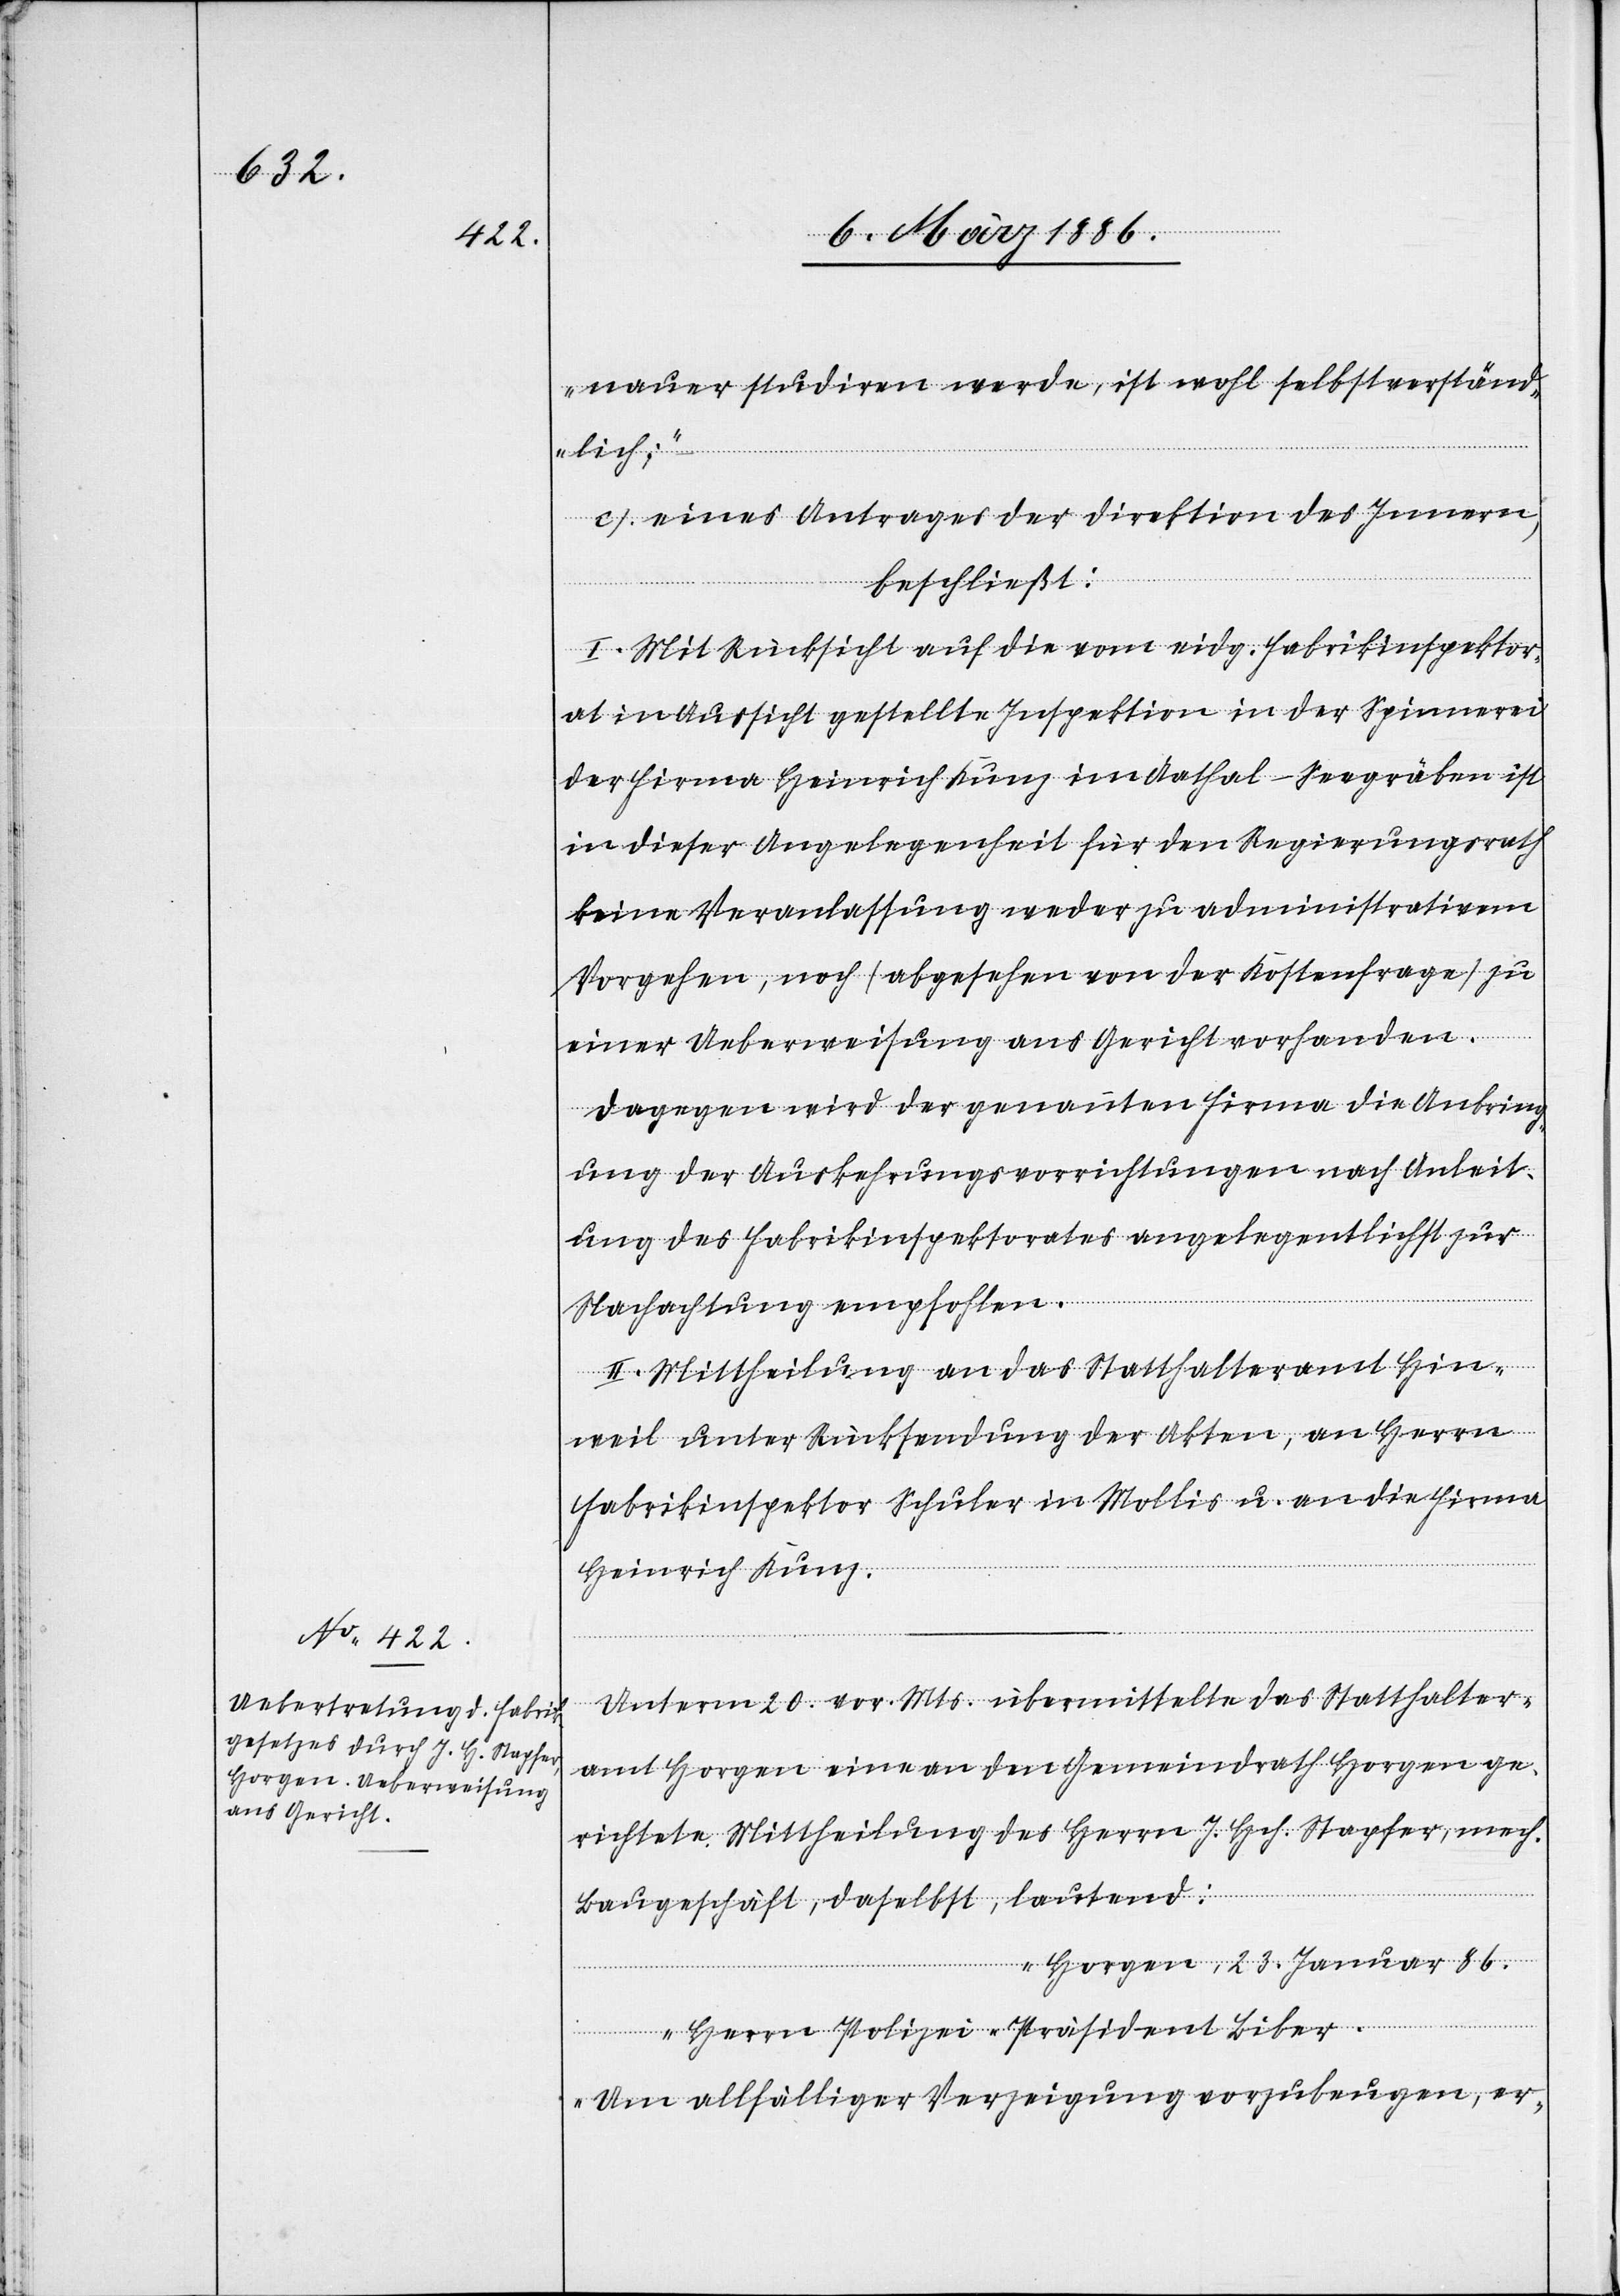
nauer studiren werde, ist wohl selbstverständ¬
lich;“ –
c) Eines Antrages der Direktion des Innern;
beschließt:
I. Mit Rücksicht auf die vom eidg. Fabrikinspektor¬
at in Aussicht gestellten Inspektion in der Spinnerei
der Firma Heinrich Kunz im Aathal - Seegräben ist
in dieser Angelegenheit für den Regierungsrath
keine Veranlassung weder zu administrativen
Vorgehen, noch (abgesehen von der Kostenfrage) zu
einer Ueberweisung ans Gericht vorhanden.
Dagegen wird der genannten Firma die Anbring¬
ung der Auskehrungsvorrichtungen nach Anleit¬
ung des Fabrikinspektorates angelegentlichst zur
Nachachtung empfohlen.
II. Mittheilung an das Statthalteramt Hin¬
weil unter Rücksendung der Akten, an Herrn
Fabrikinspektor Schuler in Mollis u. an die Firma
Heinrich Kunz.
Unterm 20. vor. Mts. übermittelte das Statthalter¬
amt Horgen eine an den Gemeindrath Horgen ge¬
richtete Mittheilung des Herrn J. Hch. Stapfer, mech.
Baugeschäft, daselbst, lautend:
„Horgen, 23. Januar 86.
Herrn Polizei-Präsident Liber.
Um allfälliger Verzeigung vorzubeugen, er-